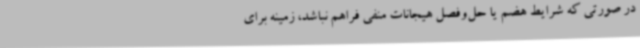
در صورتی که شرایط هضم یا حل‌وفصل هیجانات منفی فراهم نباشد، زمینه برای